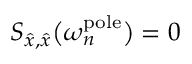
S _ { \hat { x } , \hat { x } } \big ( \omega _ { n } ^ { \mathrm { p o l e } } \big ) = 0